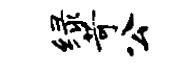
绿苛公